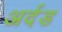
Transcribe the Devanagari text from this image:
अर्दड